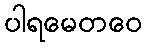
ပါရမေတဝေ